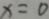
x = 0